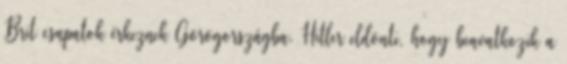
Brit csapatok érkeznek Görögországba. Hitler eldönti, hogy beavatkozik a